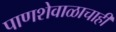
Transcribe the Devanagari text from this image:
पाणशेवाळाचाही